Insane asylums Bombay 1873-77 - 1873-1877
Year: 1873
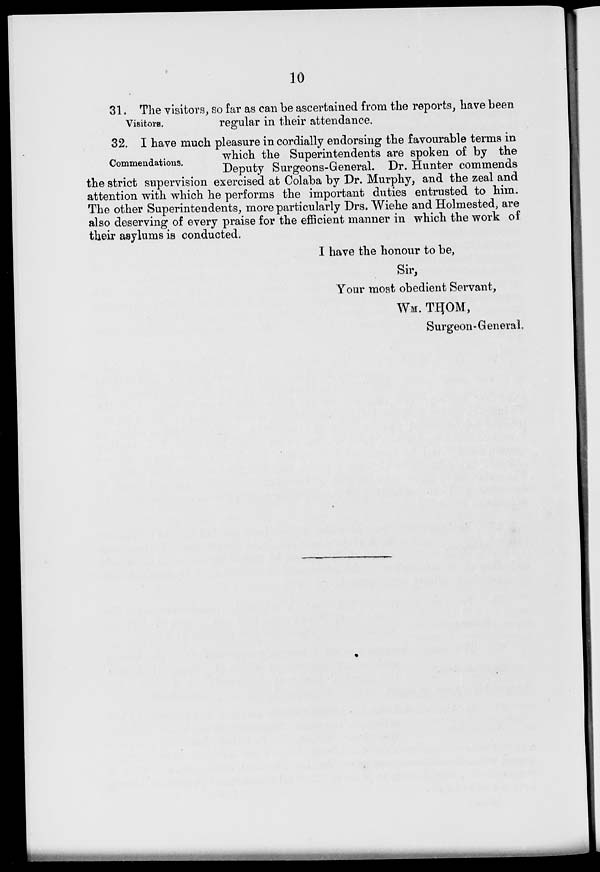
10
Visitors.
31. The visitors, so far as can be ascertained from the reports, have been
regular in their attendance.
Commendations.
32. I have much pleasure in cordially endorsing the favourable terms in
which the Superintendents are spoken of by the
Deputy Surgeons-General. Dr. Hunter commends
the strict supervision exercised at Colaba by Dr. Murphy, and the zeal and
attention with which he performs the important duties entrusted to him.
The other Superintendents, more particularly Drs. Wiehe and Holmested, are
also deserving of every praise for the efficient manner in which the work of
their asylums is conducted.
I have the honour to be,
Sir,
Your most obedient Servant,
WM. THOM,
Surgeon-General.